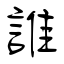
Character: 誰